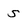
Character: S